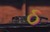
ઠ